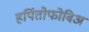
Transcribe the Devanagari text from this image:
हर्पितोफोबिअ